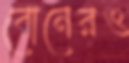
বোনেরও